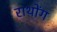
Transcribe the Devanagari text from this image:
राथोंग